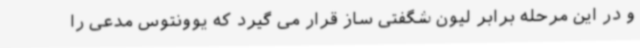
و در این مرحله برابر لیون شگفتی ساز قرار می گیرد که یوونتوس مدعی را